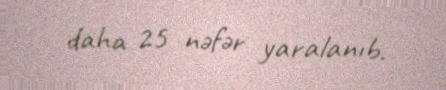
daha 25 nəfər yaralanıb.